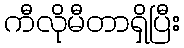
ကီလိုမီတာရှိပြီး